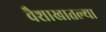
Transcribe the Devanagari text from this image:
वैशाखातल्या